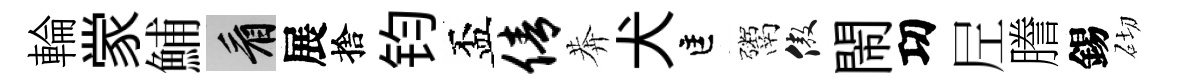
輪䝉鯆看展捨钧盃倩莾犬匡鬻傲閙㓛𡰱謄錫砌